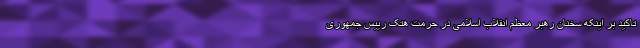
تاکید بر اینکه سخنان رهبر معظم انقلاب اسلامی در حرمت هتک رییس جمهوری